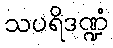
သပရိဒဏ္ဍံ